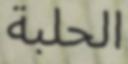
الحلبة